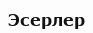
Эсерлер